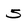
Character: 5